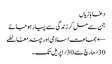
دغابازیاں
جن سے مل کر زندگی سے پیار ہو جائے
← جماعت اسلامی اور چند مغالطے
30؍مارچ سے 30؍اپریل تک۔